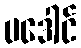
ပဒေါင်